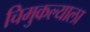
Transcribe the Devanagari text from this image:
चिमुकल्याला